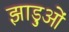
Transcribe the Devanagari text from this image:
झाड़ुओं